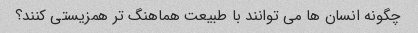
چگونه انسان ها می توانند با طبیعت هماهنگ تر همزیستی کنند؟